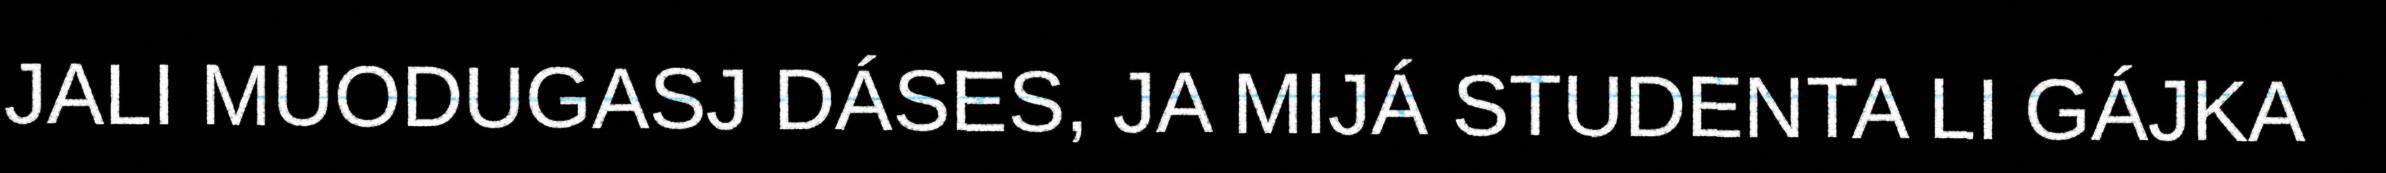
JALI MUODUGASJ DÁSES, JA MIJÁ STUDENTA LI GÁJKA